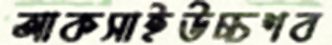
আকসাইউচ্চশব